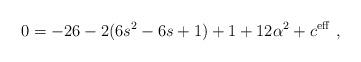
LaTeX: \begin{align*}0=-26 -2(6s^2-6s+1) + 1+12\alpha^2 + c^{\rm eff}\ ,\end{align*}